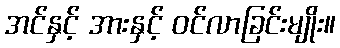
အင်နှင့် အားနှင့် ဝင်လာခြင်းမျိုး။